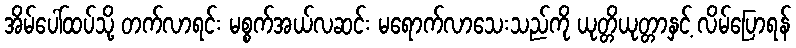
အိမ်ပေါ်ထပ်သို့ တက်လာရင်း မစ္စက်အယ်လဆင်း မရောက်လာသေးသည်ကို ယုတ္တိယုတ္တာနှင့် လိမ်ပြောရန်